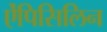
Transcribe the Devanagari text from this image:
ऐंपिसिलिन